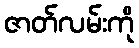
ဇာတ်လမ်းကို